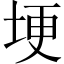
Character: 埂